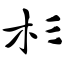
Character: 杉